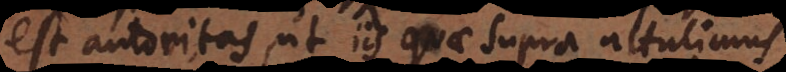
est autoritas, ut iis quae supra attulimus